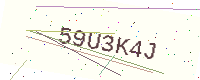
Text: 59U3K4J